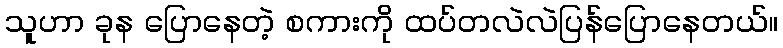
သူဟာ ခုန ပြောနေတဲ့ စကားကို ထပ်တလဲလဲပြန်ပြောနေတယ်။